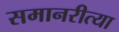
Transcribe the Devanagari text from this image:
समानरीत्या